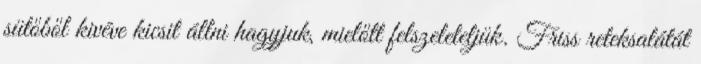
sütőből kivéve kicsit állni hagyjuk, mielőtt felszeleteljük. Friss reteksalátát